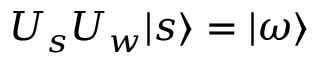
U _ { s } U _ { w } | s \rangle = | \omega \rangle